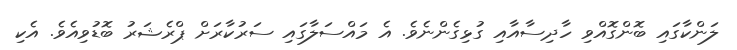
ލަންކާގައި ބޮންގޮއްވި ހާދިސާއާއި ގުޅިގެންނެވެ. އެ މައްސަލާގައި ސަރުކާރަށް ޕްރެޝަރު ބޮޑުވިއެވެ. އެކި